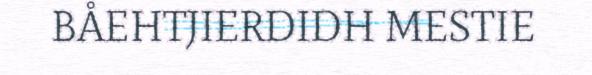
BÅEHTJIERDIDH MESTIE